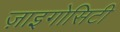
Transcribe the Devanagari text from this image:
ज़ाइगोसिटी